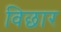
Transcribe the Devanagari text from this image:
विछार